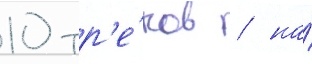
10 тр'е́ков / на́